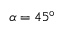
\alpha = 4 5 ^ { \circ }